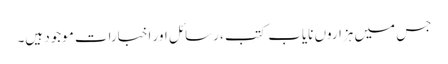
جس میں ہزاروں نایاب کتب ، رسائل اور اخبارات موجود ہیں۔